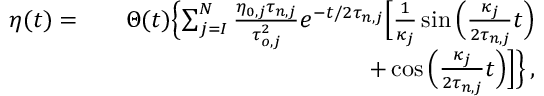
\begin{array} { r l r } { \eta ( t ) = } & { } & { \Theta ( t ) \Bigl \{ \sum _ { j = I } ^ { N } \frac { \eta _ { 0 , j } \tau _ { n , j } } { \tau _ { o , j } ^ { 2 } } e ^ { - t / 2 \tau _ { n , j } } \Bigl [ \frac { 1 } { \kappa _ { j } } \sin { \Bigl ( \frac { \kappa _ { j } } { 2 \tau _ { n , j } } t \Bigr ) } } \\ & { } & { + \cos { \Bigl ( \frac { \kappa _ { j } } { 2 \tau _ { n , j } } t \Bigr ) } \Bigr ] \Bigr \} \, , } \end{array}